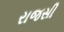
રાજસી